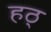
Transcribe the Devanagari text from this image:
हठ्